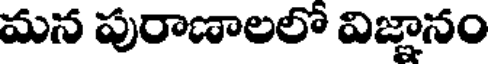
మన పురాణాలలో విజ్ఞానం